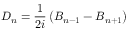
D _ { n } = \frac { 1 } { 2 i } \left( B _ { n - 1 } - B _ { n + 1 } \right)